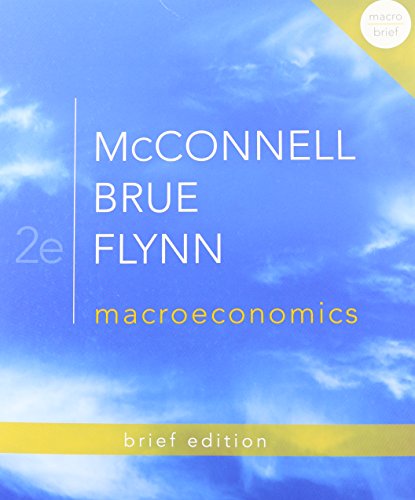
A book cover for Macroeconomics Brief Edition (The Mcgraw-Hill Economics); Campbell McConnell; Business & Money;